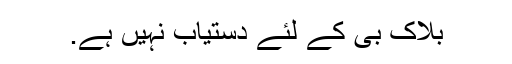
بلاک بی کے لئے دستیاب نہیں ہے.